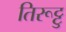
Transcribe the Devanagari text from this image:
तिरूट्टु